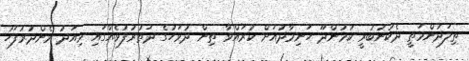
ތިލަދުންމަތީ ދެކުނުބުރީ ކުމުންދޫ ހަނިމާދުއަށް ކުރައްވާ ތިން ދުވަހުގެ ދަތުރުފުޅެއްގައި މިއަދު މެންދުރުފަހު